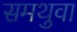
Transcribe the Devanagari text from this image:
समथुवा